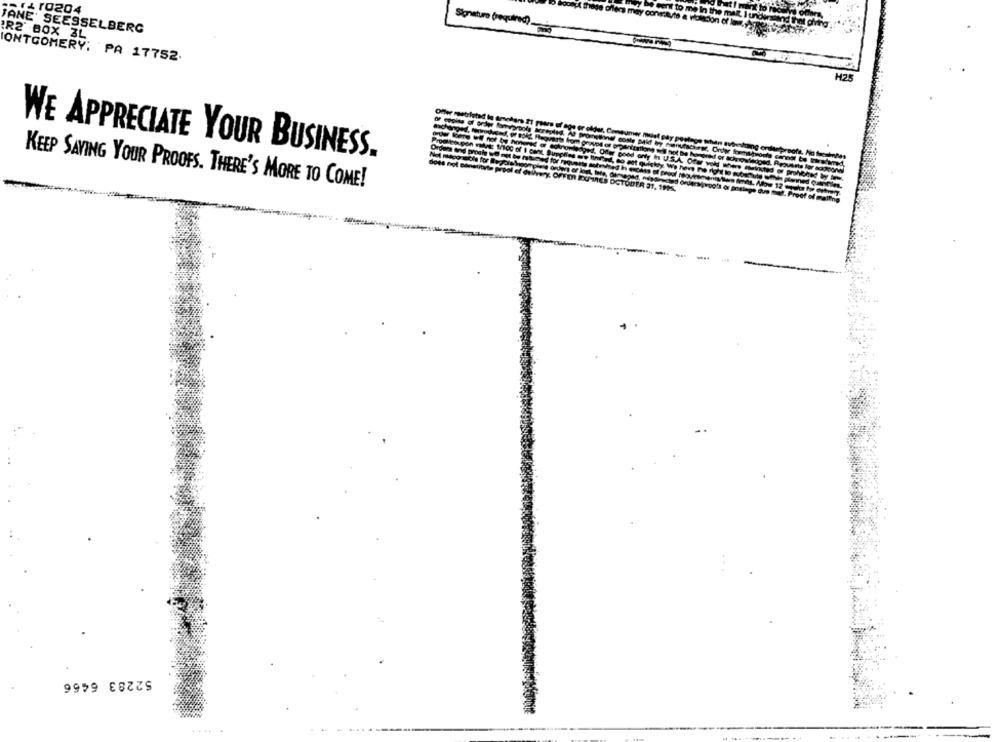
-14 10204
JANE' SEESSELBERG
Signature (required).
IR2 BOX 3L
IONTGOMERY. PA 17752.
425
WE APPRECIATE YOUR BUSINESS.
KEEP SAVING YOUR PROOFS. THERE'S MORE TO COME!
52283 6466